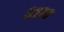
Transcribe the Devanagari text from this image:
०३७८